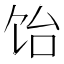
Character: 饴